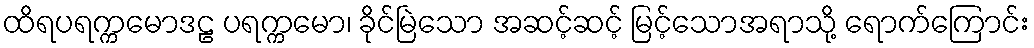
ထိရပရက္ကမောဒဠ ပရက္ကမော၊ ခိုင်မြဲသော အဆင့်ဆင့် မြင့်သောအရာသို့ ရောက်ကြောင်း